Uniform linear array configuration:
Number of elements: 12
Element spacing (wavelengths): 0.5
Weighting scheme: kaiser
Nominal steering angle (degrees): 30
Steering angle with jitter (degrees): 29.985
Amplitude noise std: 0.05
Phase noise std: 0.05

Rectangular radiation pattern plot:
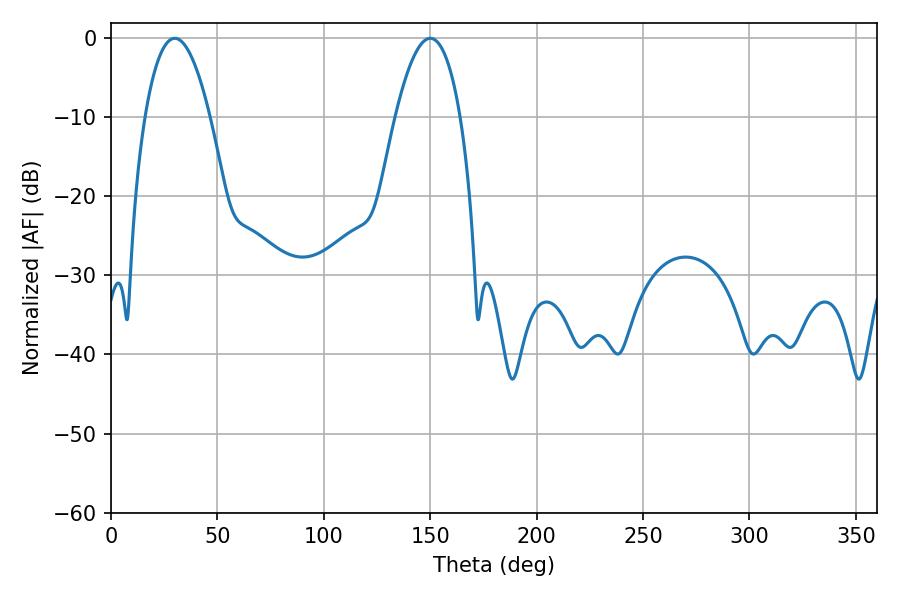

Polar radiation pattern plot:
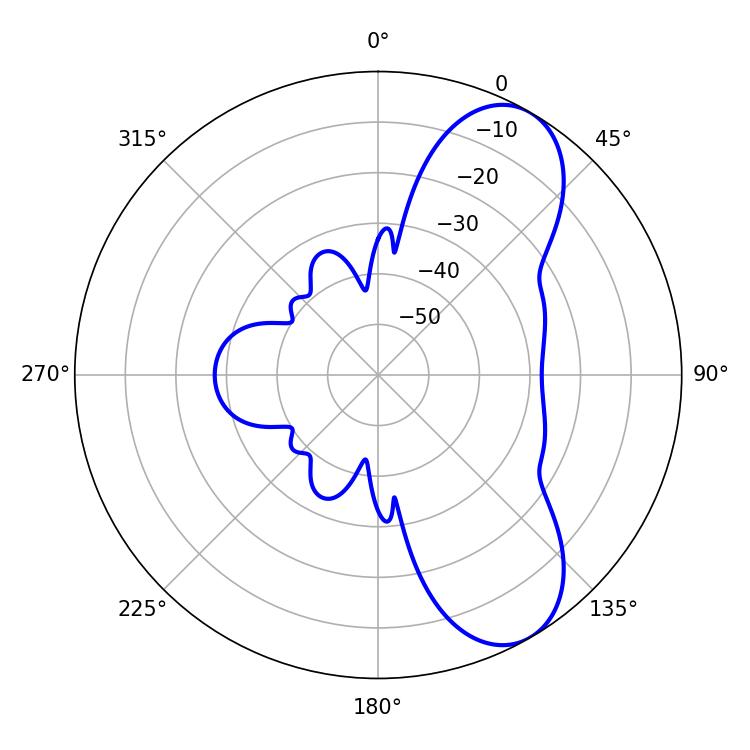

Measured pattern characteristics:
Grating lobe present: FALSE
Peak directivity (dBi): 7.93
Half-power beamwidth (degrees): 16.74
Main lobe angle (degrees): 29.88